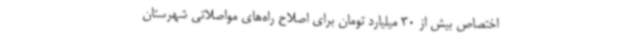
اختصاص بیش از 30 میلیارد تومان برای اصلاح راه‌های مواصلاتی شهرستان